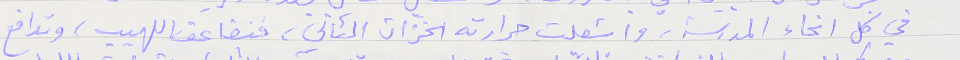
في كل انحاء المدرسة، واشعلت حرارته الخزّان الثاني، فتضاعف اللهيب، وتدافع